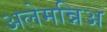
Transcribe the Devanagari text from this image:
अलेमन्निअ